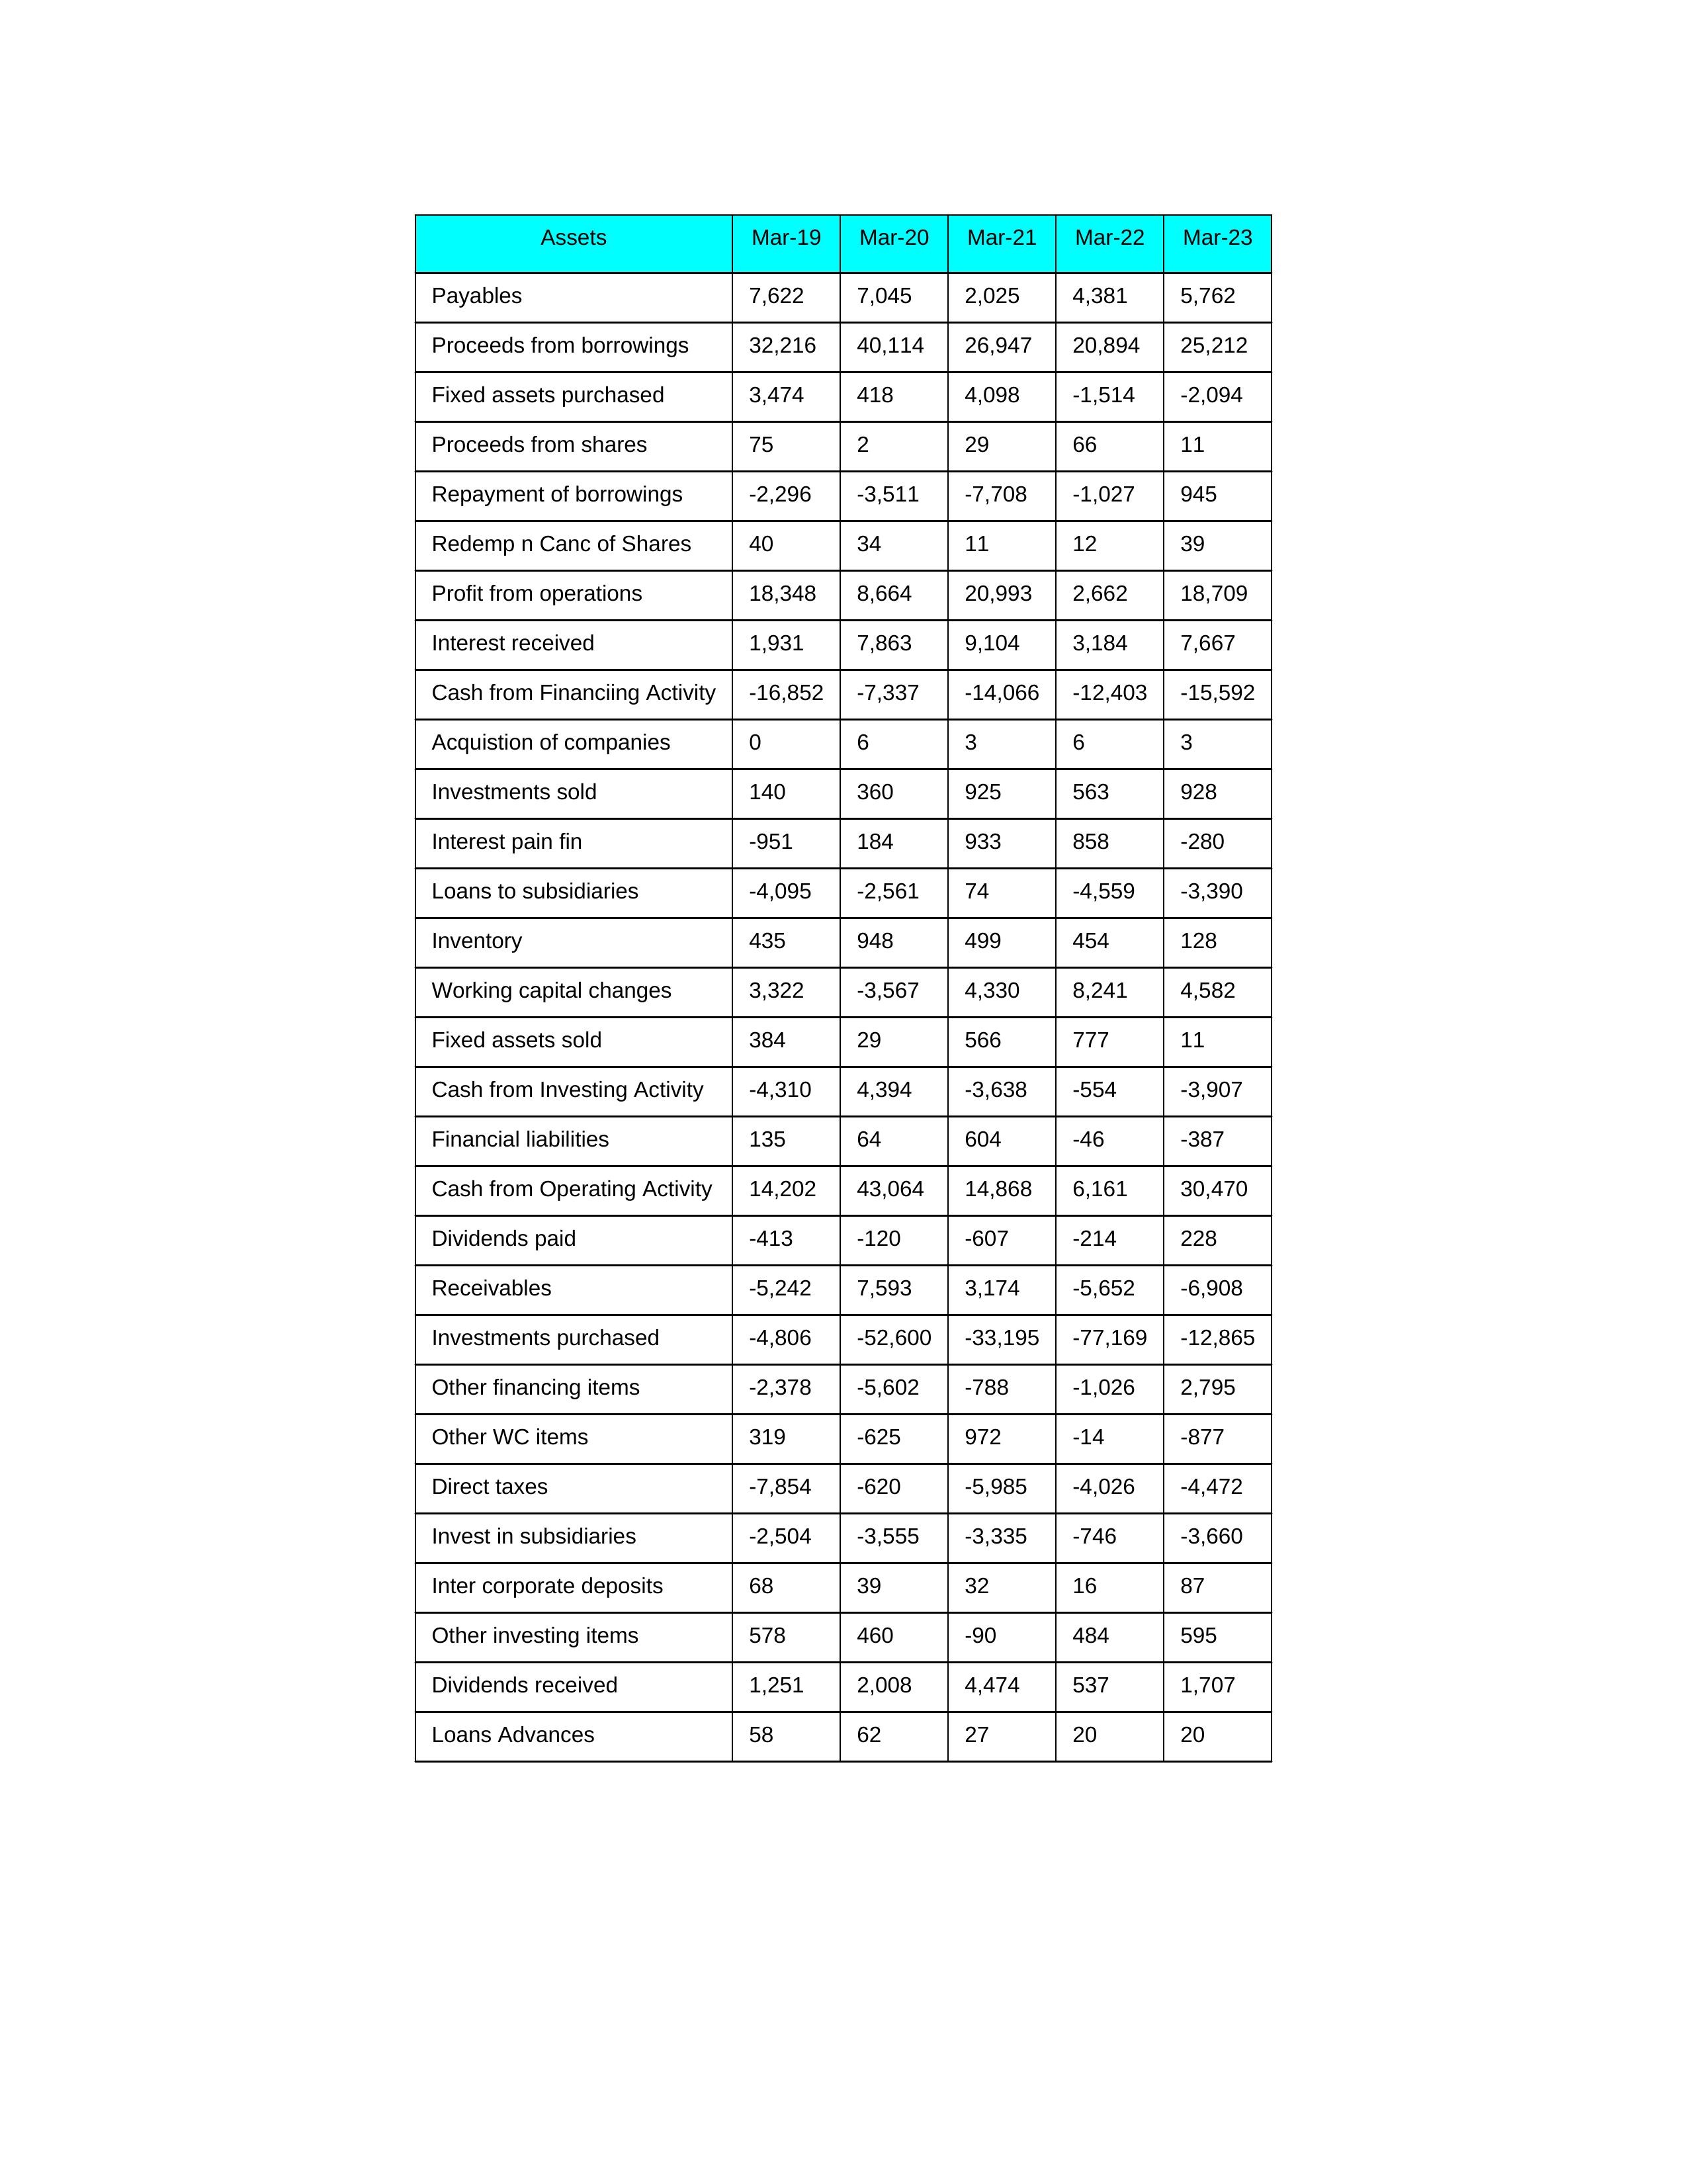
gt_parse: Mar-19: Cash from Operating Activity: 14,202
Profit from operations: 18,348
Receivables: -5,242
Inventory: 435
Payables: 7,622
Loans Advances: 58
Other WC items: 319
Working capital changes: 3,322
Direct taxes: -7,854
Cash from Investing Activity: -4,310
Fixed assets purchased: 3,474
Fixed assets sold: 384
Investments purchased: -4,806
Investments sold: 140
Interest received: 1,931
Dividends received: 1,251
Invest in subsidiaries: -2,504
Loans to subsidiaries: -4,095
Redemp n Canc of Shares: 40
Acquistion of companies: 0
Inter corporate deposits: 68
Other investing items: 578
Cash from Financiing Activity: -16,852
Proceeds from shares: 75
Proceeds from borrowings: 32,216
Repayment of borrowings: -2,296
Interest pain fin: -951
Dividends paid: -413
Financial liabilities: 135
Other financing items: -2,378
Mar-20: Cash from Operating Activity: 43,064
Profit from operations: 8,664
Receivables: 7,593
Inventory: 948
Payables: 7,045
Loans Advances: 62
Other WC items: -625
Working capital changes: -3,567
Direct taxes: -620
Cash from Investing Activity: 4,394
Fixed assets purchased: 418
Fixed assets sold: 29
Investments purchased: -52,600
Investments sold: 360
Interest received: 7,863
Dividends received: 2,008
Invest in subsidiaries: -3,555
Loans to subsidiaries: -2,561
Redemp n Canc of Shares: 34
Acquistion of companies: 6
Inter corporate deposits: 39
Other investing items: 460
Cash from Financiing Activity: -7,337
Proceeds from shares: 2
Proceeds from borrowings: 40,114
Repayment of borrowings: -3,511
Interest pain fin: 184
Dividends paid: -120
Financial liabilities: 64
Other financing items: -5,602
Mar-21: Cash from Operating Activity: 14,868
Profit from operations: 20,993
Receivables: 3,174
Inventory: 499
Payables: 2,025
Loans Advances: 27
Other WC items: 972
Working capital changes: 4,330
Direct taxes: -5,985
Cash from Investing Activity: -3,638
Fixed assets purchased: 4,098
Fixed assets sold: 566
Investments purchased: -33,195
Investments sold: 925
Interest received: 9,104
Dividends received: 4,474
Invest in subsidiaries: -3,335
Loans to subsidiaries: 74
Redemp n Canc of Shares: 11
Acquistion of companies: 3
Inter corporate deposits: 32
Other investing items: -90
Cash from Financiing Activity: -14,066
Proceeds from shares: 29
Proceeds from borrowings: 26,947
Repayment of borrowings: -7,708
Interest pain fin: 933
Dividends paid: -607
Financial liabilities: 604
Other financing items: -788
Mar-22: Cash from Operating Activity: 6,161
Profit from operations: 2,662
Receivables: -5,652
Inventory: 454
Payables: 4,381
Loans Advances: 20
Other WC items: -14
Working capital changes: 8,241
Direct taxes: -4,026
Cash from Investing Activity: -554
Fixed assets purchased: -1,514
Fixed assets sold: 777
Investments purchased: -77,169
Investments sold: 563
Interest received: 3,184
Dividends received: 537
Invest in subsidiaries: -746
Loans to subsidiaries: -4,559
Redemp n Canc of Shares: 12
Acquistion of companies: 6
Inter corporate deposits: 16
Other investing items: 484
Cash from Financiing Activity: -12,403
Proceeds from shares: 66
Proceeds from borrowings: 20,894
Repayment of borrowings: -1,027
Interest pain fin: 858
Dividends paid: -214
Financial liabilities: -46
Other financing items: -1,026
Mar-23: Cash from Operating Activity: 30,470
Profit from operations: 18,709
Receivables: -6,908
Inventory: 128
Payables: 5,762
Loans Advances: 20
Other WC items: -877
Working capital changes: 4,582
Direct taxes: -4,472
Cash from Investing Activity: -3,907
Fixed assets purchased: -2,094
Fixed assets sold: 11
Investments purchased: -12,865
Investments sold: 928
Interest received: 7,667
Dividends received: 1,707
Invest in subsidiaries: -3,660
Loans to subsidiaries: -3,390
Redemp n Canc of Shares: 39
Acquistion of companies: 3
Inter corporate deposits: 87
Other investing items: 595
Cash from Financiing Activity: -15,592
Proceeds from shares: 11
Proceeds from borrowings: 25,212
Repayment of borrowings: 945
Interest pain fin: -280
Dividends paid: 228
Financial liabilities: -387
Other financing items: 2,795